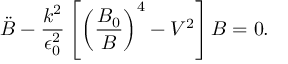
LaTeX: \ddot { B } - \frac { k ^ { 2 } } { \epsilon _ { 0 } ^ { 2 } } \left[ \left( \frac { B _ { 0 } } { B } \right) ^ { 4 } - V ^ { 2 } \right] B = 0 .